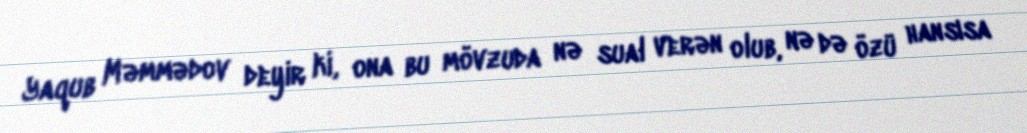
Yaqub Məmmədov deyir ki, ona bu mövzuda nə sual verən olub, nə də özü hansısa